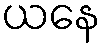
ယနေ